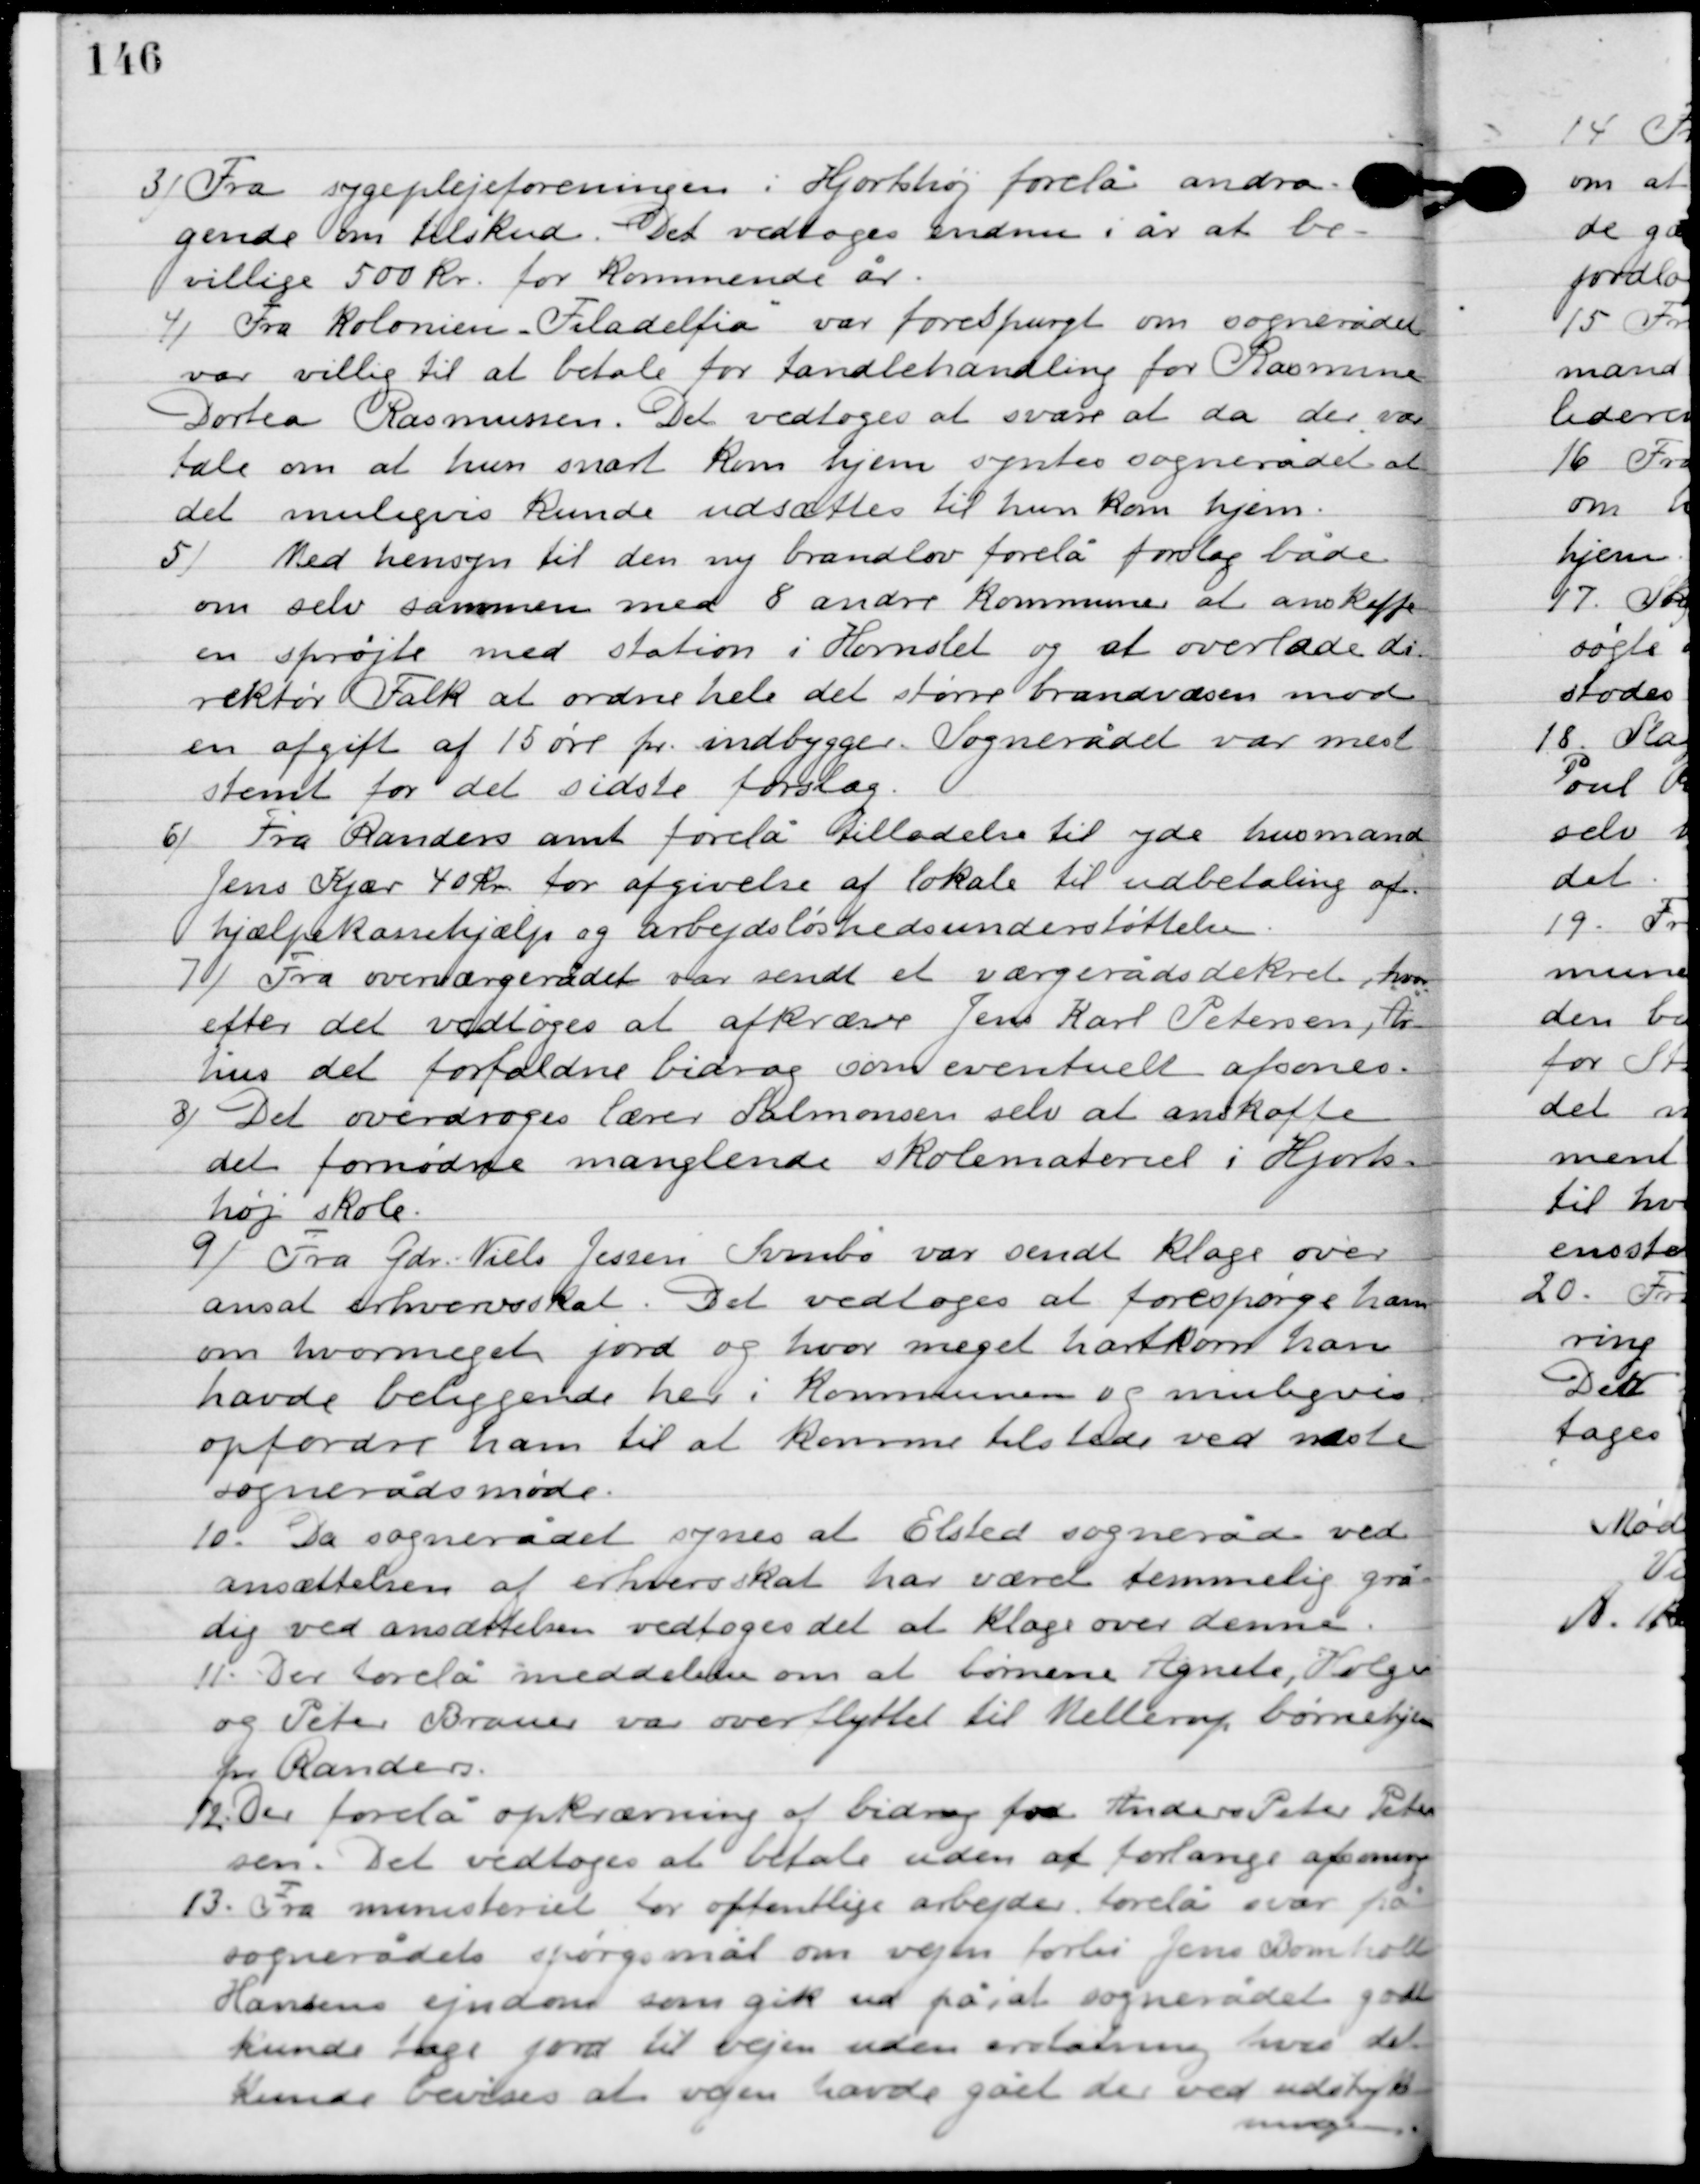
Transskription:
3

Fra sygeplejeforeningen i Hjortshøj forelå andra-
gende om tilskud. Det vedtoges endnu i år at be-
villige 500 kr. for kommende år.

4

Fra Kolonien ”Filadelfia” var forespurgt om sognerådet
var villig til at betale for tandbehandling for Rasmine
Dortea Rasmussen. Det vedtoges at svare at da der var
tale om at hun snart kom hjem syntes sognerådet at
det muligvis kunde udsættes til hun kom hjem.

5

Med hensyn til den ny brandlov forelå forslag både
 om selv sammen med 8 andre kommuner at anskaffe
en sprøjte med station i Hornslet og at overlade di-
rektør Falk at ordne hele det større brandvæsen mod
 en afgift af 15 øre pr. indbygger. Sognerådet var mest
stemt for det sidste forslag.

6

Fra Randers amt forelå tilladelse til yde husmand
Jens Kjær 40 kr. for afgivelse af lokale til udbetaling af
hjælpekassehjælp og arbejdsløshedsunderstøttelse.

7

Fra overværgerådet var sendt et værgerådsdekret hvor
efter det vedtoges at afkræve Jens Karl Petersen, fra
Århus det forfaldende bedrag som eventuelt afsones.

8

Det overdroges lærer Salomonsen selv at anskaffe
det fornødne manglende skolemateriel i Hjorts-
høj skole.

9

Fra gdr. Niels Jensen Svinbo var sendt klage over
ansat erhvervsskat. Det vedtoges at forespørge ham
om hvor meget jord og hvor meget hartkorn han
havde beliggende her i kommunen og muligvis
opfordre ham til at komme tilstede ved næste
sognerådsmøde.

10

Da sognerådet synes at Elsted sogneråd ved
ansættelsen af erhvervsskat har været temmelig grå-
dig ved ansættelsen vedtoges det at klage over denne.

11

Der forelå meddelelse om at børnene Agnete, Holger
og Peter Brauer var overflyttet til Mellerup børnehjem
pr. Randers.

12

Der forelå opkrævning af bidrag for Anders Peter Peter-
sen. Det vedtoges at betale uden at forlange afsoning.

13

Fra ministeriet for offentlige arbejder forelå svar på
sognerådets spørgsmål om vejen forbi Jens Bomholt
Hansens ejendom som gik ud på at sognerådet godt
kunde tage jord til vejen uden erstatning hvis det
 kunde bevises at vejen havde gået der ved udstyk-
ningen.